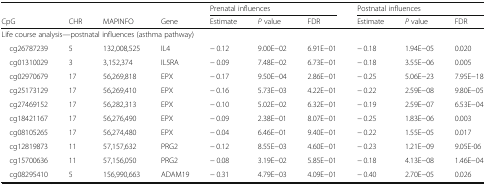
<table><thead><tr><td></td><td></td><td></td><td></td><td colspan="3"><b>Prenatal influences</b></td><td colspan="3"><b>Postnatal influences</b></td></tr><tr><td><b>CpG</b></td><td><b>CHR</b></td><td><b>MAPINFO</b></td><td><b>Gene</b></td><td><b>Estimate</b></td><td><b><i>P</i> value</b></td><td><b>FDR</b></td><td><b>Estimate</b></td><td><b><i>P</i> value</b></td><td><b>FDR</b></td></tr></thead><tbody><tr><td colspan="10">Life course analysis—postnatal influences (asthma pathway)</td></tr><tr><td> cg26787239</td><td>5</td><td>132,008,525</td><td>IL4</td><td>− 0.12</td><td>9.00E−02</td><td>6.91E−01</td><td>− 0.18</td><td>1.94E−05</td><td>0.020</td></tr><tr><td> cg01310029</td><td>3</td><td>3,152,374</td><td>IL5RA</td><td>− 0.09</td><td>7.48E−02</td><td>6.73E−01</td><td>− 0.18</td><td>3.55E−06</td><td>0.005</td></tr><tr><td> cg02970679</td><td>17</td><td>56,269,818</td><td>EPX</td><td>− 0.17</td><td>9.50E−04</td><td>2.86E−01</td><td>− 0.25</td><td>5.06E−23</td><td>7.95E−18</td></tr><tr><td> cg25173129</td><td>17</td><td>56,269,410</td><td>EPX</td><td>− 0.16</td><td>5.73E−03</td><td>4.22E−01</td><td>− 0.22</td><td>2.59E−08</td><td>9.80E−05</td></tr><tr><td> cg27469152</td><td>17</td><td>56,282,313</td><td>EPX</td><td>− 0.10</td><td>5.02E−02</td><td>6.32E−01</td><td>− 0.19</td><td>2.59E−07</td><td>6.53E−04</td></tr><tr><td> cg18421167</td><td>17</td><td>56,276,490</td><td>EPX</td><td>− 0.09</td><td>2.38E−01</td><td>8.07E−01</td><td>− 0.25</td><td>1.83E−06</td><td>0.003</td></tr><tr><td> cg08105265</td><td>17</td><td>56,274,480</td><td>EPX</td><td>− 0.04</td><td>6.46E−01</td><td>9.40E−01</td><td>− 0.22</td><td>1.55E−05</td><td>0.017</td></tr><tr><td> cg12819873</td><td>11</td><td>57,157,632</td><td>PRG2</td><td>− 0.12</td><td>8.55E−03</td><td>4.60E−01</td><td>− 0.23</td><td>1.21E−09</td><td>9.05E-06</td></tr><tr><td> cg15700636</td><td>11</td><td>57,156,050</td><td>PRG2</td><td>− 0.08</td><td>3.19E−02</td><td>5.85E−01</td><td>− 0.18</td><td>4.13E−08</td><td>1.46E−04</td></tr><tr><td> cg08295410</td><td>5</td><td>156,990,663</td><td>ADAM19</td><td>− 0.31</td><td>4.79E−03</td><td>4.09E−01</td><td>− 0.40</td><td>2.70E−05</td><td>0.026</td></tr></tbody></table>